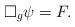
LaTeX: \begin{align*}\Box_g \psi = F .\end{align*}